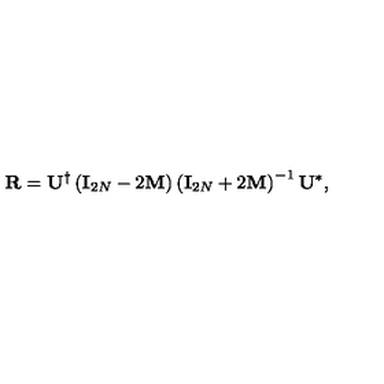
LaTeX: { \bf R } = { \bf U } ^ { \dagger } \left( { \bf I } _ { 2 N } - 2 { \bf M } \right) \left( { \bf I } _ { 2 N } + 2 { \bf M } \right) ^ { - 1 } { \bf U } ^ { * } ,